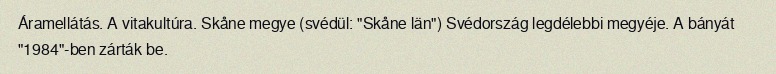
Áramellátás. A vitakultúra. Skåne megye (svédül: "Skåne län") Svédország legdélebbi megyéje. A bányát "1984"-ben zárták be.